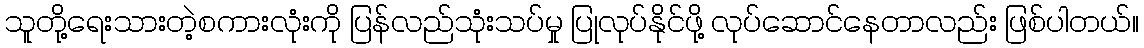
သူတို့ရေးသားတဲ့စကားလုံးကို ပြန်လည်သုံးသပ်မှု ပြုလုပ်နိုင်ဖို့ လုပ်ဆောင်နေတာလည်း ဖြစ်ပါတယ်။